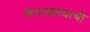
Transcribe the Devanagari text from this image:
संभाळण्याची